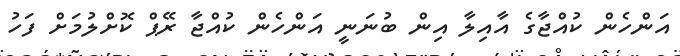
އަންހެން ކުއްޖާގެ އާއިލާ އިން ބުނަނީ އަންހެން ކުއްޖާ ރޭޕް ކޮށްލުމަށް ފަހު